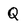
Character: Q